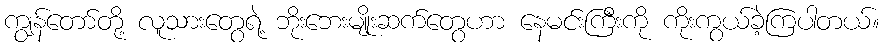
ကျွန်တော်တို့ လူသားတွေရဲ့ ဘိုးဘေးမျိုးဆက်တွေဟာ နေမင်းကြီးကို ကိုးကွယ်ခဲ့ကြပါတယ်။